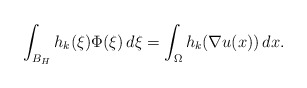
\begin{align*}\int _{B_H} h_k(\xi) \Phi(\xi)\, d\xi = \int _\Omega h_k(\nabla u(x))\, dx.\end{align*}